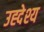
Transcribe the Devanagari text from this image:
उह्देश्य